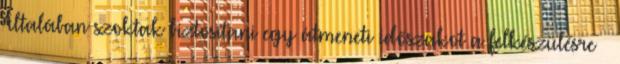
Általában szoktak biztosítani egy átmeneti időszakot a felkészülésre —